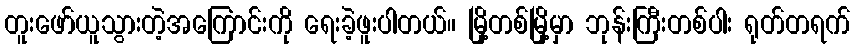
တူးဖော်ယူသွားတဲ့အကြောင်းကို ရေးခဲ့ဖူးပါတယ်။ မြို့တစ်မြို့မှာ ဘုန်းကြီးတစ်ပါး ရုတ်တရက်